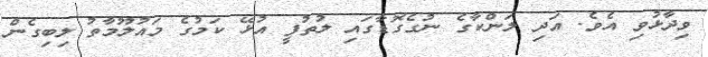
ވިދާޅުވި އެވެ. އަދި ލަންކާގެ ނުގެގޮޑާގައި ލުތުފީ އުޅޭ ކަމުގެ މައުލޫމާތު ލިބިގެން